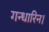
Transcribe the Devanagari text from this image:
गन्धारिन।